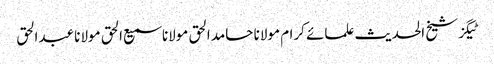
ٹیگزشیخ الحدیث علمائے کرام مولانا حامد الحق مولانا سمیع الحق مولانا عبدالحق